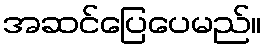
အဆင်ပြေပေမည်။